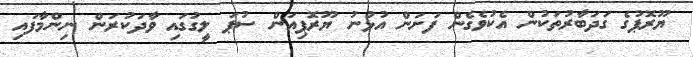
ޔޫރޮޕުގެ ގަދަބާރުތަކުން އެކުވެގެން ފަށަން އުޅުނު ޔޫރޮޕިއަން ސުޕަ ލީގުގައި ވާދަކުރަން ނިންމާފައި